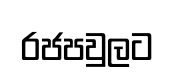
රජපවුලට